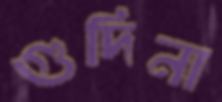
গুদিনা